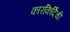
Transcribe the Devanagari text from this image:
कारकिर्दिची